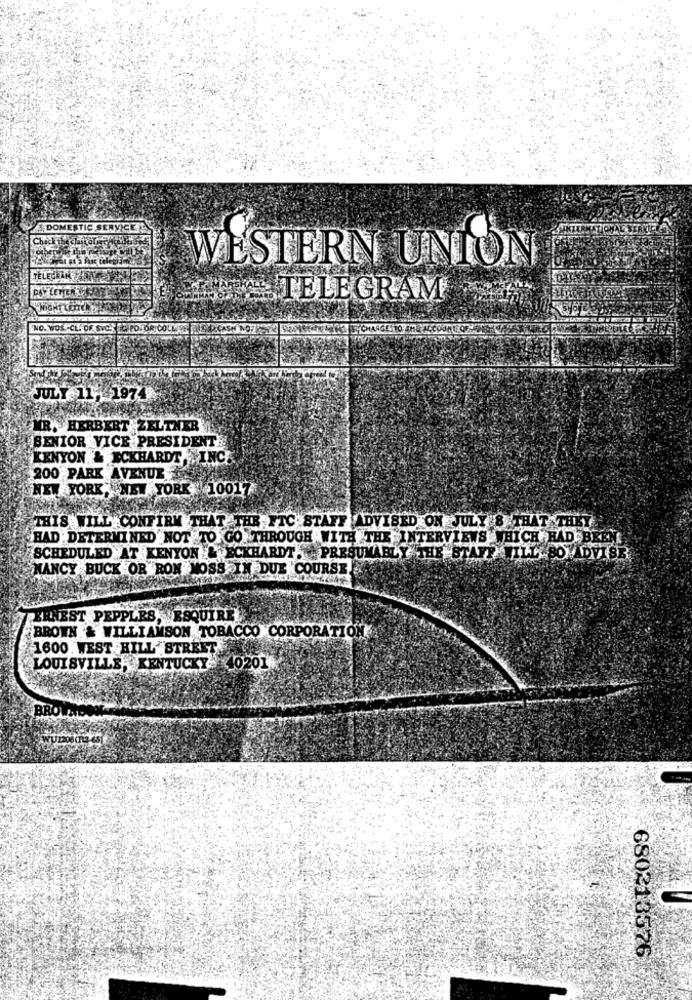
DOMESTIC SERVICE
Checkthe chakal ..
WESTERN UNION
TELEGRAM
NO. WOS.CL. DR. SVC. TOPO.OR
JULY 11, 1974
MR. HERBERT ZELTHER
SENIOR VICE PRESIDENT
KENYON & ECKHARDT , INC.
200 PARK AVENUE
NEW YORK, NEW YORK 10017
THIS WILL CONFIRM THAT THR FTC STAFF ADVISED ON JULY & THAT THEY
HAD DETERMINED NOT TO GO. THROUGH WITH THE INTERVIEWS WHICH HAD BEEN
SCHEDULED AT KENYON & ECKHARDT, PRESUMABLY THE STAFF WILL 80 ADVISE
NANCY BUCK OR RON MOSS IN DUE COURSE!
ERNEST PEPPERS, ESQUIRE
BROWN & WILLIAMSON TOBACCO CORPORATION
1600 WEST HILL STREET
LOUISVILLE, KENTUCKY 40201
BRO
680213576